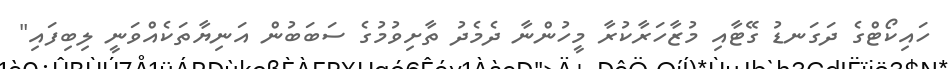
ހައިކޯޓްގެ ދަގަނޑު ގޭޓާއި މުޒާހަރާކުރާ މީހުންނާ ދެމެދު ތާށިވުމުގެ ސަބަބުން އަނިޔާތަކެއްވަނީ ލިބިފައި"